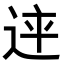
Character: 𨒳